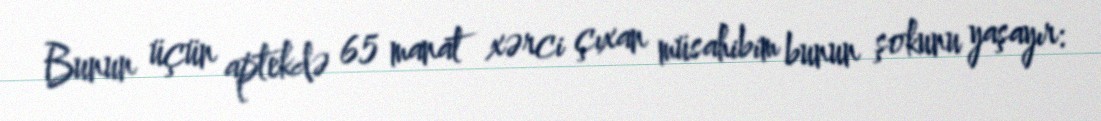
Bunun üçün aptekdə 65 manat xərci çıxan müsahibim bunun şokunu yaşayır: